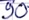
Text: 90